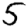
Digit: 5